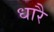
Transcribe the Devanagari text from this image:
धारै